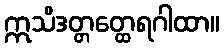
ဣသိဒတ္တတ္ထေရဂါထာ။